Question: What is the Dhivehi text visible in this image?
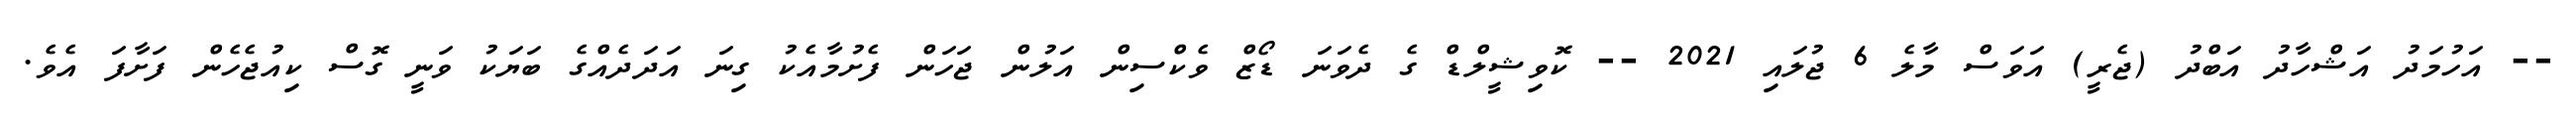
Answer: -- އަހުމަދު އަޝްހާދު އަބްދު (ޖެރީ) އަވަސް މާލެ 6 ޖުލައި 2021 -- ކޮވިޝީލްޑް ގެ ދެވަނަ ޑޯޒް ވެކްސިން އަލުން ޖަހަން ފެށުމާއެކު ގިނަ އަދަދެއްގެ ބަޔަކު ވަނީ ގޮސް ކިއުޖެހެން ފަށާފަ އެވެ.